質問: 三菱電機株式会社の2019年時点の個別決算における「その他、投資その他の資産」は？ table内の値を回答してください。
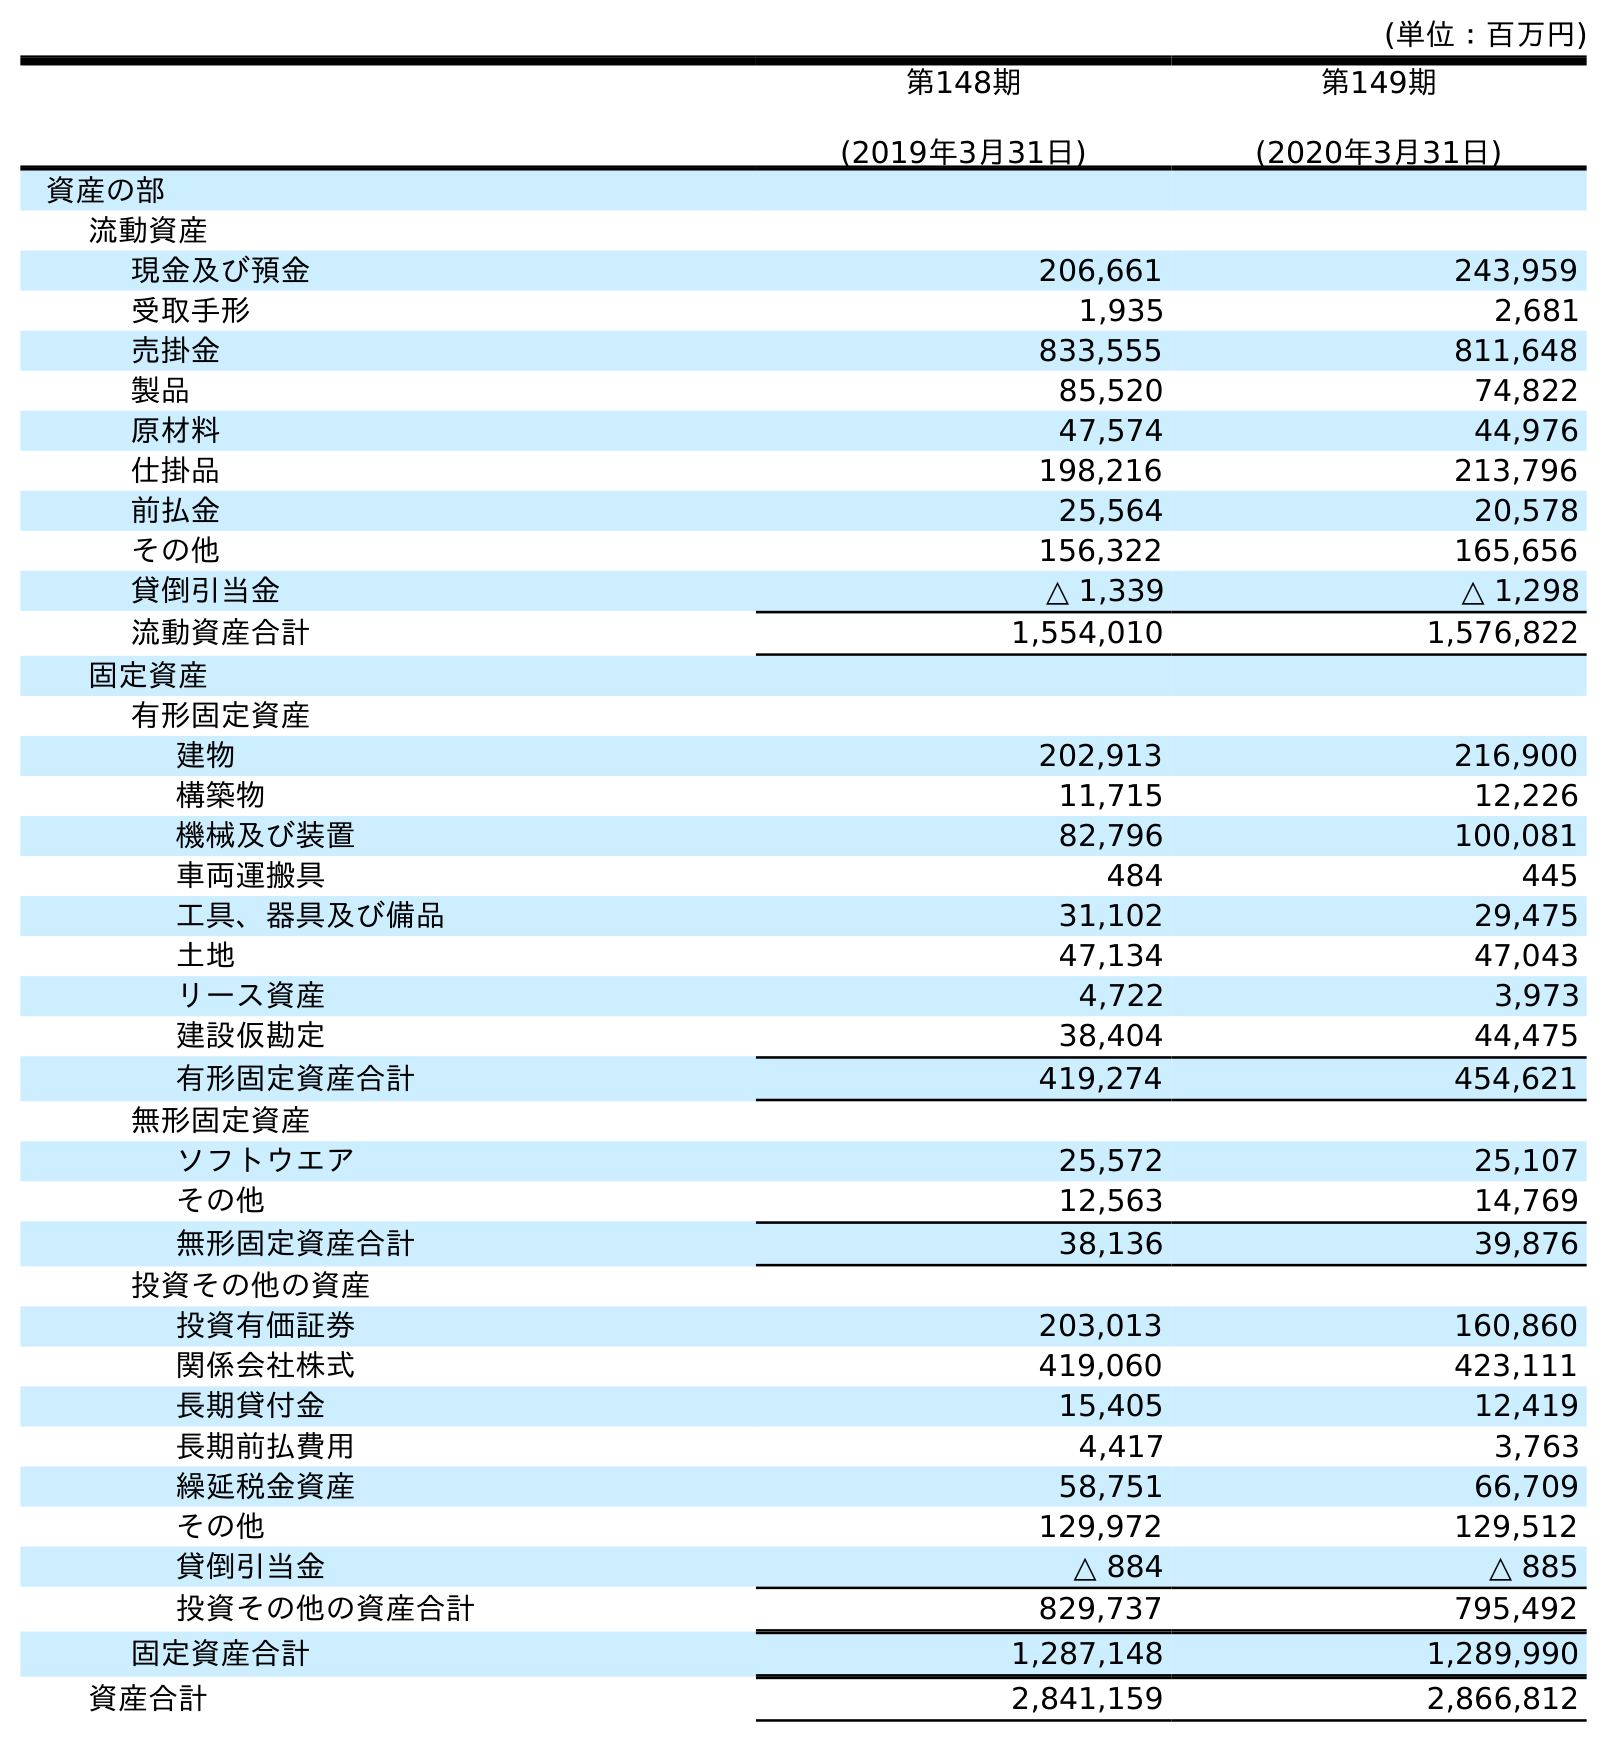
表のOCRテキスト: (単位：百万円) 第148期 (2019年3月31日) 第149期 (2020年3月31日) 資産の部 流動資産 現金及び預金 206,661 243,959 受取手形 1,935 2,681 売掛金 833,555 811,648 製品 85,520 74,822 原材料 47,574 44,976 仕掛品 198,216 213,796 前払金 25,564 20,578 その他 156,322 165,656 貸倒引当金 △ 1,339 △ 1,298 流動資産合計 1,554,010 1,576,822 固定資産 有形固定資産 建物 202,913 216,900 構築物 11,715 12,226 機械及び装置 82,796 100,081 車両運搬具 484 445 工具、器具及び備品 31,102 29,475 土地 47,134 47,043 リース資産 4,722 3,973 建設仮勘定 38,404 44,475 有形固定資産合計 419,274 454,621 無形固定資産 ソフトウエア 25,572 25,107 その他 12,563 14,769 無形固定資産合計 38,136 39,876 投資その他の資産 投資有価証券 203,013 160,860 関係会社株式 419,060 423,111 長期貸付金 15,405 12,419 長期前払費用 4,417 3,763 繰延税金資産 58,751 66,709 その他 129,972 129,512 貸倒引当金 △ 884 △ 885 投資その他の資産合計 829,737 795,492 固定資産合計 1,287,148 1,289,990 資産合計 2,841,159 2,866,812
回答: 129,972